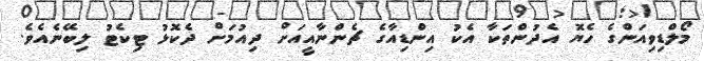
މޯލްޑިވިއަންގެ ހެޔޮ އެދުންތަކާ އެކު އިންޑިއާގެ ޗެންނާއީއަށް ދިއުމަށް ދެކޮޅު ޓިކެޓު ލިބޭނެއެވެ.